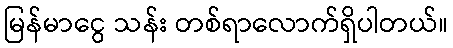
မြန်မာငွေ သန်း တစ်ရာလောက်ရှိပါတယ်။